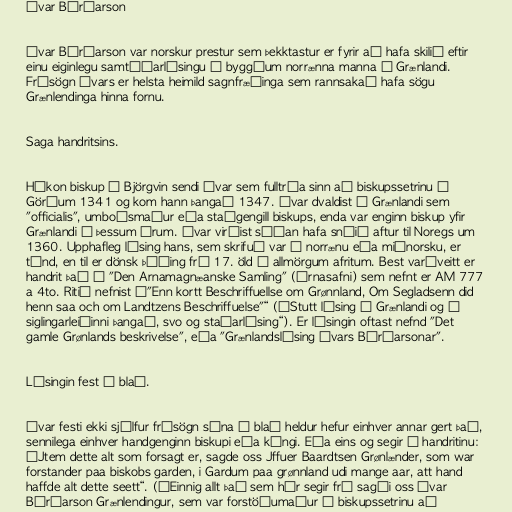
Ívar Bárðarson

Ívar Bárðarson var norskur prestur sem þekktastur er fyrir að hafa skilið eftir
einu eiginlegu samtíðarlýsingu á byggðum norrænna manna á Grænlandi.
Frásögn Ívars er helsta heimild sagnfræðinga sem rannsakað hafa sögu
Grænlendinga hinna fornu.

Saga handritsins.

Hákon biskup í Björgvin sendi Ívar sem fulltrúa sinn að biskupssetrinu á
Görðum 1341 og kom hann þangað 1347. Ívar dvaldist á Grænlandi sem
"officialis", umboðsmaður eða staðgengill biskups, enda var enginn biskup yfir
Grænlandi á þessum árum. Ívar virðist síðan hafa snúið aftur til Noregs um
1360. Upphafleg lýsing hans, sem skrifuð var á norrænu eða miðnorsku, er
týnd, en til er dönsk þýðing frá 17. öld í allmörgum afritum. Best varðveitt er
handrit það í "Den Arnamagnæanske Samling" (Árnasafni) sem nefnt er AM 777
a 4to. Ritið nefnist „"Enn kortt Beschriffuellse om Grønnland, Om Segladsenn did
henn saa och om Landtzens Beschriffuelse"“ („Stutt lýsing á Grænlandi og á
siglingarleiðinni þangað, svo og staðarlýsing“). Er lýsingin oftast nefnd "Det
gamle Grønlands beskrivelse", eða "Grænlandslýsing Ívars Bárðarsonar".

Lýsingin fest á blað.

Ívar festi ekki sjálfur frásögn sína á blað heldur hefur einhver annar gert það,
sennilega einhver handgenginn biskupi eða kóngi. Eða eins og segir í handritinu:
„Jtem dette alt som forsagt er, sagde oss Jffuer Baardtsen Grønlænder, som war
forstander paa biskobs garden, i Gardum paa grønnland udi mange aar, att hand
haffde alt dette seett“. („Einnig allt það sem hér segir frá sagði oss Ívar
Bárðarson Grænlendingur, sem var forstöðumaður á biskupssetrinu að